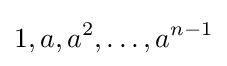
1,a,a^{2},\ldots ,a^{n-1}